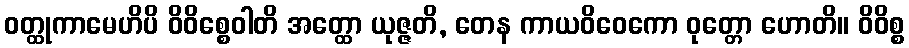
ဝတ္ထုကာမေဟိပိ ဝိဝိစ္စေဝါတိ အတ္ထော ယုဇ္ဇတိ, တေန ကာယဝိဝေကော ဝုတ္တော ဟောတိ။ ဝိဝိစ္စ